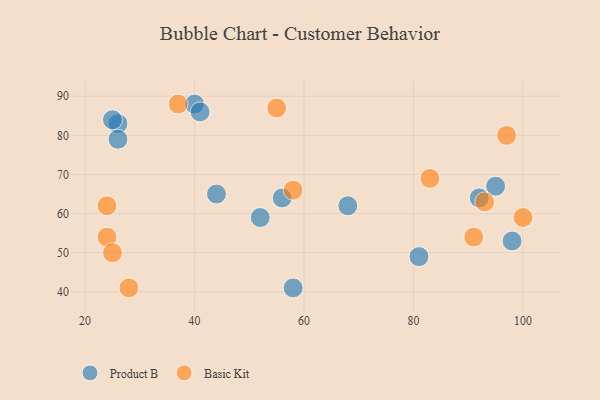
{"axis": {"x": "GDP", "y": "Life Expectancy"}, "legend": ["Basic Kit", "Product B"], "data": [{"x": "92", "y": 64, "type": "Product B"}, {"x": "98", "y": 53, "type": "Product B"}, {"x": "40", "y": 88, "type": "Product B"}, {"x": "58", "y": 41, "type": "Product B"}, {"x": "56", "y": 64, "type": "Product B"}, {"x": "26", "y": 83, "type": "Product B"}, {"x": "25", "y": 84, "type": "Product B"}, {"x": "44", "y": 65, "type": "Product B"}, {"x": "52", "y": 59, "type": "Product B"}, {"x": "95", "y": 67, "type": "Product B"}, {"x": "26", "y": 79, "type": "Product B"}, {"x": "41", "y": 86, "type": "Product B"}, {"x": "81", "y": 49, "type": "Product B"}, {"x": "68", "y": 62, "type": "Product B"}, {"x": "24", "y": 62, "type": "Basic Kit"}, {"x": "55", "y": 87, "type": "Basic Kit"}, {"x": "24", "y": 54, "type": "Basic Kit"}, {"x": "37", "y": 88, "type": "Basic Kit"}, {"x": "93", "y": 63, "type": "Basic Kit"}, {"x": "28", "y": 41, "type": "Basic Kit"}, {"x": "58", "y": 66, "type": "Basic Kit"}, {"x": "97", "y": 80, "type": "Basic Kit"}, {"x": "91", "y": 54, "type": "Basic Kit"}, {"x": "25", "y": 50, "type": "Basic Kit"}, {"x": "83", "y": 69, "type": "Basic Kit"}, {"x": "100", "y": 59, "type": "Basic Kit"}]}